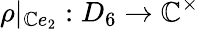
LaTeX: \rho|_{\mathbb{C}e_{2}}:D_{6}\to\mathbb{C}^{\times}